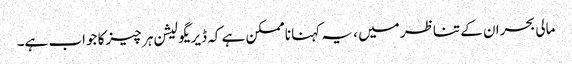
مالی بحران کے تناظر میں ، یہ کہنا ناممکن ہے کہ ڈیریگولیشن ہر چیز کا جواب ہے۔